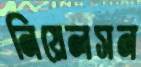
নিয়েলসন